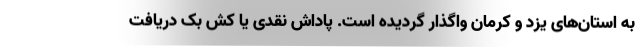
به استان‌های یزد و کرمان واگذار گردیده است. پاداش نقدی یا کش بک دریافت